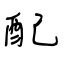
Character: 配